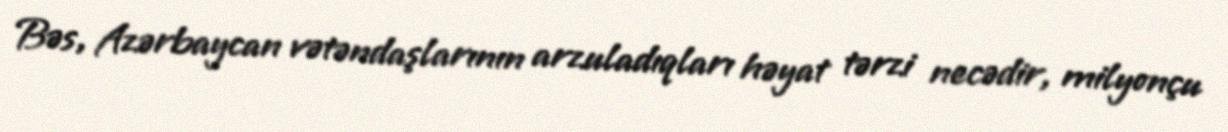
Bəs, Azərbaycan vətəndaşlarının arzuladıqları həyat tərzi necədir, milyonçu